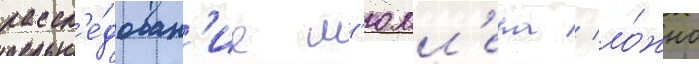
рассл'е́дован'ие м'юлл'ера / ло́жно